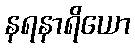
နရနာရိယော